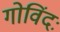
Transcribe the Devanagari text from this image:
गोविंदः